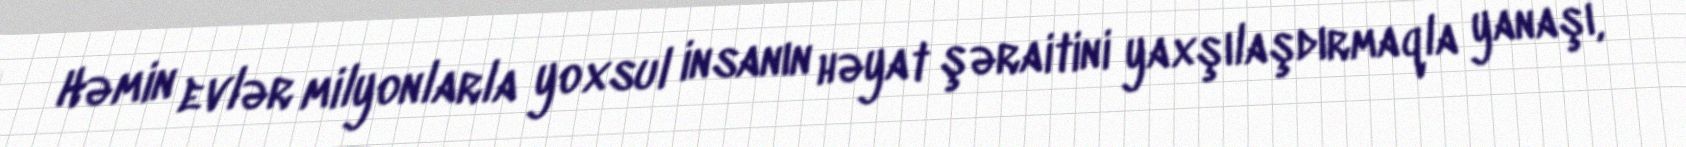
Həmin evlər milyonlarla yoxsul insanın həyat şəraitini yaxşılaşdırmaqla yanaşı,